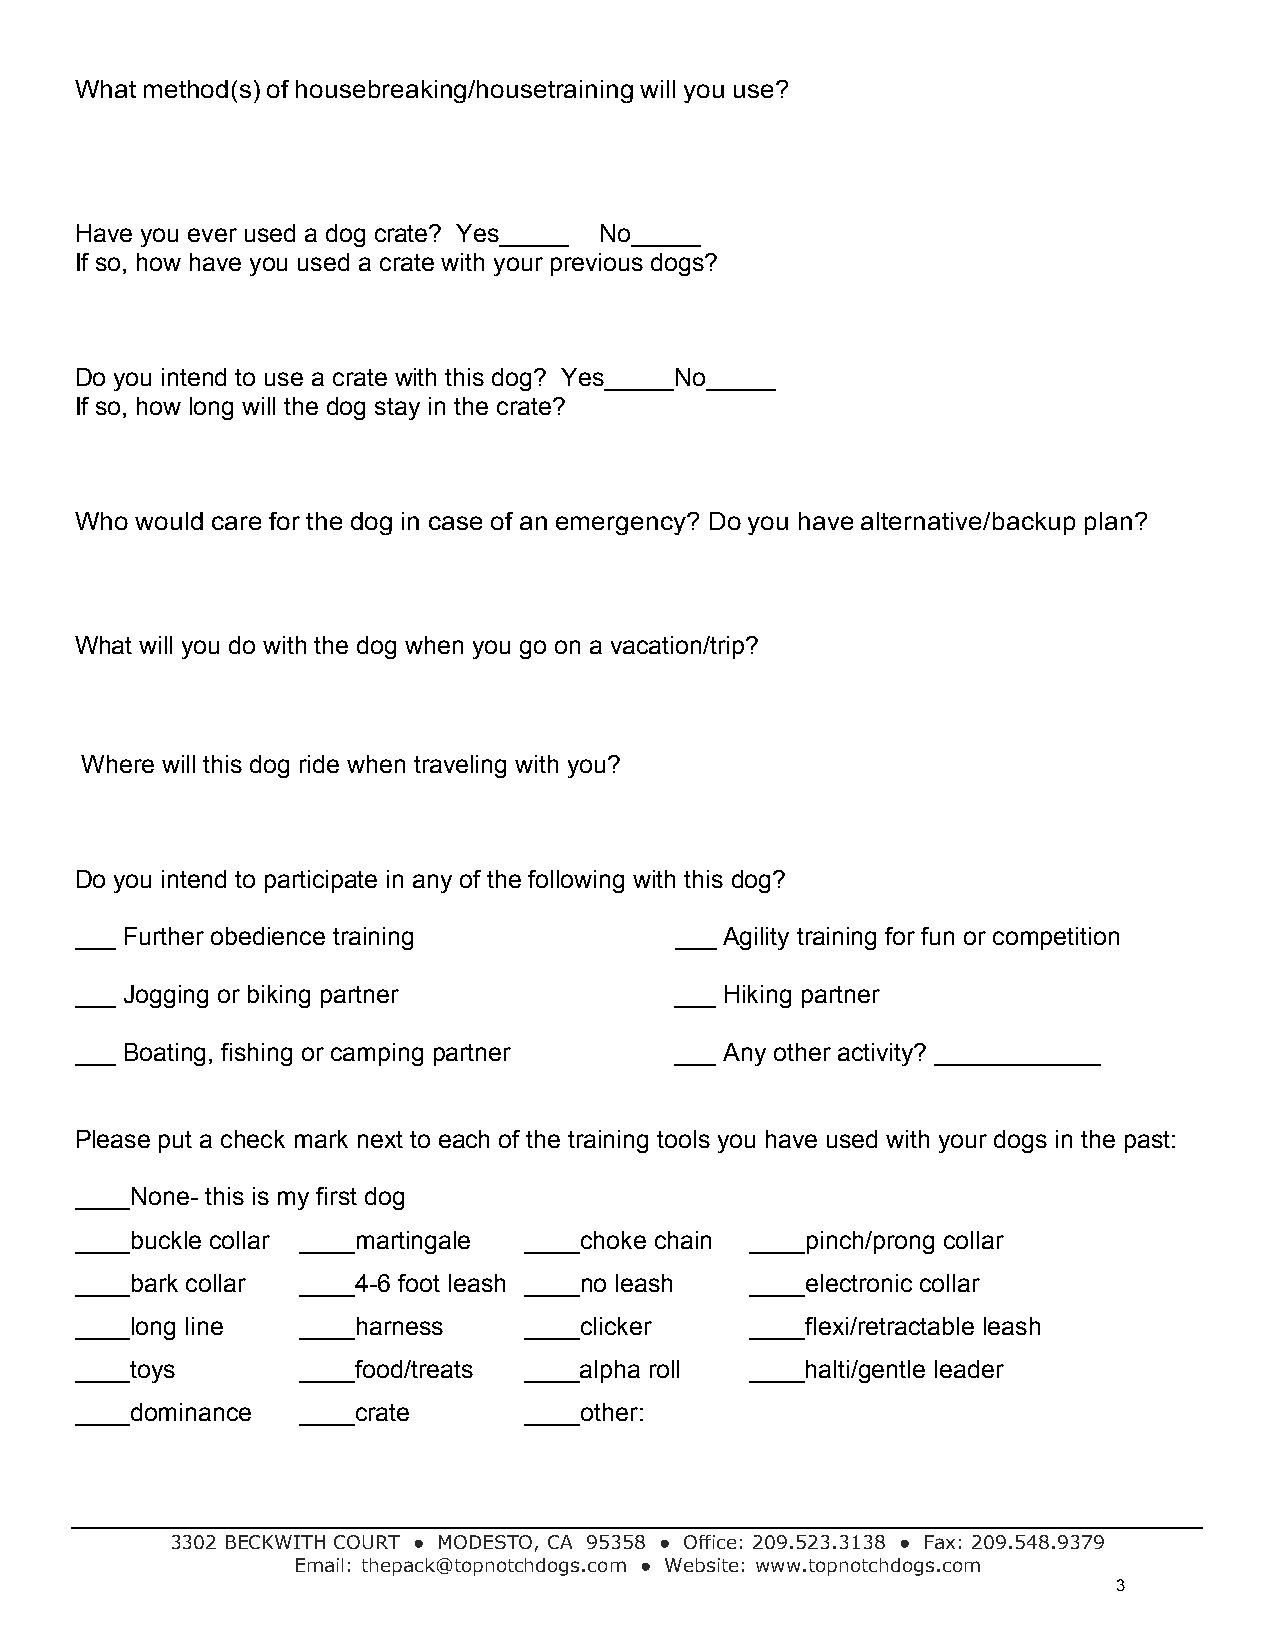
What method(s) of housebreaking/housetraining will you use?
 Have you ever used a dog crate? Yes_____ No_____
 If so, how have you used a crate with your previous dogs?
 Do you intend to use a crate with this dog? Yes_____ No_____
 If so, how long will the dog stay in the crate?
 Who would care for the dog in case of an emergency? Do you have alternative/backup plan?
 What will you do with the dog when you go on a vacation/trip?
 Where will this dog ride when traveling with you?
 Do you intend to participate in any of the following with this dog?
 ___ Further obedience training          ___ Agility training for fun or competition
 ___ Jogging or biking partner           ___ Hiking partner
 ___ Boating, fishing or camping partner ___ Any other activity? ____________
 Please put a check mark next to each of the training tools you have used with your dogs in the past:
 ____None- this is my first dog
 ____buckle collar ____martingale ____choke chain ____pinch/prong collar
 ____bark collar ____4-6 foot leash ____no leash ____electronic collar
 ____long line  ____harness    ____clicker    ____flexi/retractable leash
 ____toys       ____food/treats ____alpha roll ____halti/gentle leader
 ____dominance  ____crate      ____other:
 3302 BECKWITH COURT ● MODESTO, CA 95358 ● Office: 209.523.3138 ● Fax: 209.548.9379
 Email: thepack@topnotchdogs.com ● Website: www.topnotchdogs.com
 3